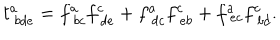
LaTeX: t _ { \ b d e } ^ { a } = f _ { \ b c } ^ { a } f _ { \ d e } ^ { c } + f _ { \ d c } ^ { a } f _ { \ e b } ^ { c } + f _ { \ e c } ^ { a } f _ { \ b d } ^ { c } .